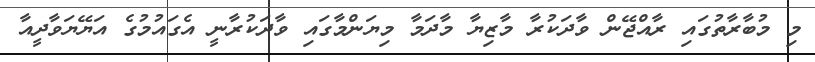
މި މުބާރާތުގައި ރާއްޖޭން ވާދަކުރާ މާޒިޔާ މާދަމާ މިޔަންމާގައި ވާދަކުރާނީ އެގައުމުގެ އަޔޭޔަވާދީއާ